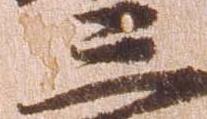
三